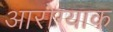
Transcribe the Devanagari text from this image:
आरोग्याक